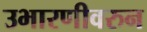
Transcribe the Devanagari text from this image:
उभारणीवरुन